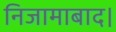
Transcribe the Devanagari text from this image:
निजामाबाद।